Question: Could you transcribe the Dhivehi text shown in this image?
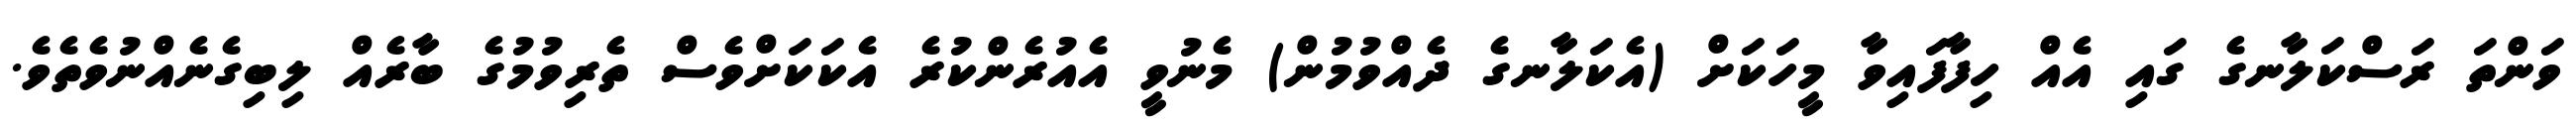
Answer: ވަންތަ ރަސްކަލާނގެ ގައި އެއް ހިފާފައިވާ މީހަކަށް (އެކަލާނގެ ދެއްވުމުން) މެނުވީ އެއުރެންކުރެ އެކަކަށްވެސް ތެރިވުމުގެ ބާރެއް ލިބިގެނެއްނުވެތެވެ.